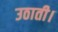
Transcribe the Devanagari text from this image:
उठाती।